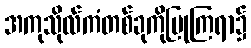
အကုသိုလ်ကံတစ်ခုကိုပြုကြရာ၌